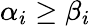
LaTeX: \alpha_{i}\geq\beta_{i}